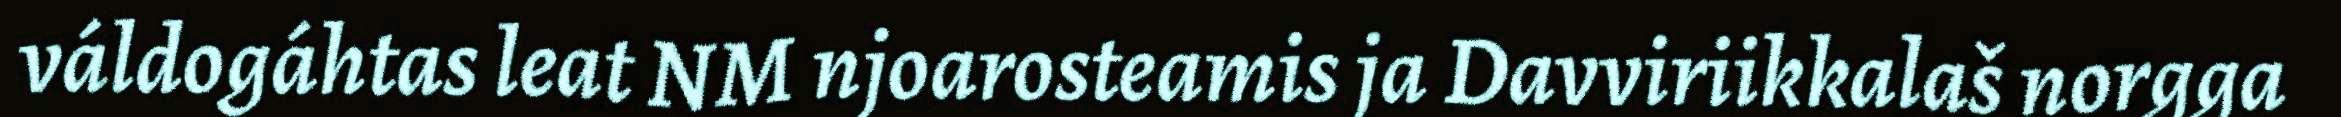
váldogáhtas leat NM njoarosteamis ja Davviriikkalaš norgga